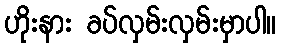
ဟိုးနား ခပ်လှမ်းလှမ်းမှာပါ။